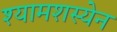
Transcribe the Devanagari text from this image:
श्यामशस्येन